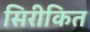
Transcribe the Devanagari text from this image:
सिरीकित